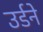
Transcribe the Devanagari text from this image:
उर्डने